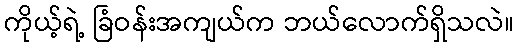
ကိုယ့်ရဲ့ ခြံဝန်းအကျယ်က ဘယ်လောက်ရှိသလဲ။